Indian Medical Review
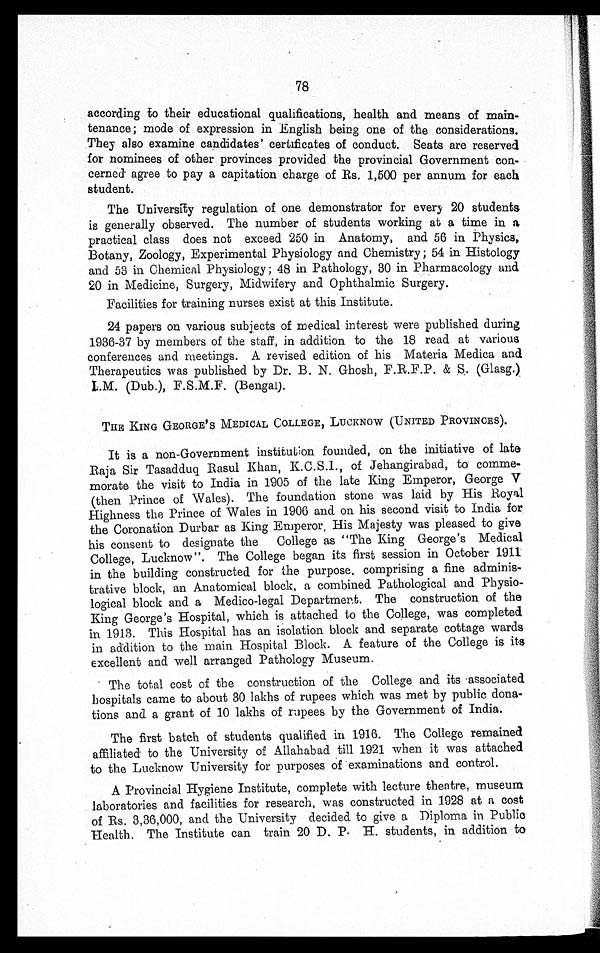
78
according to their educational qualifications, health and means of main-
tenance; mode of expression in English being one of the considerations.
They also examine candidates' certificates of conduct. Seats are reserved
for nominees of other provinces provided the provincial Government con-
cerned agree to pay a capitation charge of Rs. 1,500 per annum for each
student.
The University regulation of one demonstrator for every 20 students
is generally observed. The number of students working at a time in a
practical class does not exceed 250 in Anatomy, and 56 in Physics,
Botany, Zoology, Experimental Physiology and Chemistry; 54 in Histology
and 53 in Chemical Physiology; 48 in Pathology, 30 in Pharmacology and
20 in Medicine, Surgery, Midwifery and Ophthalmic Surgery.
Facilities for training nurses exist at this Institute.
24 papers on various subjects of medical interest were published during
1936-37 by members of the staff, in addition to the 18 read at various
conferences and meetings. A revised edition of his Materia Medica and
Therapeutics was published by Dr. B. N. Ghosh, F.R.F.P. & S. (Glasg.)
L.M. (Dub.), F.S.M.F. (Bengal).
THE KING GEORGE ' S MEDICAL COLLEGE, LUCKNOW (UNITED PROVINCES).
It is a non-Government institution founded, on the initiative of late
Raja Sir Tasadduq Rasul Khan, K.C.S.I., of Jehangirabad, to comme-
morate the visit to India in 1905 of the late King Emperor, George V
(then Prince of Wales). The foundation stone was laid by His Royal
Highness the Prince of Wales in 1906 and on his second visit to India for
the Coronation Durbar as King Emperor, His Majesty was pleased to give
his consent to designate the College as "The King George's Medical
College, Lucknow". The College began its first session in October 1911
in the building constructed for the purpose. comprising a fine adminis-
trative block, an Anatomical block, a combined Pathological and Physio-
logical block and a Medico-legal Department. The construction of the
King George's Hospital, which is attached to the College, was completed
in 1913. This Hospital has an isolation block and separate cottage wards
in addition to the main Hospital Block. A feature of the College is its
excellent and well arranged Pathology Museum.
The total cost of the construction of the College and its associated
hospitals came to about 30 lakhs of rupees which was met by public dona-
tions and a grant of 10 lakhs of rupees by the Government of India.
The first batch of students qualified in 1916. The College remained
affiliated to the University of Allahabad till 1921 when it was attached
to the Lucknow University for purposes of examinations and control.
A Provincial Hygiene Institute, complete with lecture theatre, museum
laboratories and facilities for research, was constructed in 1928 at a cost
of Rs. 3,36,000, and the University decided to give a Diploma in Public
Health. The Institute can train 20 D. P. H. students, in addition to